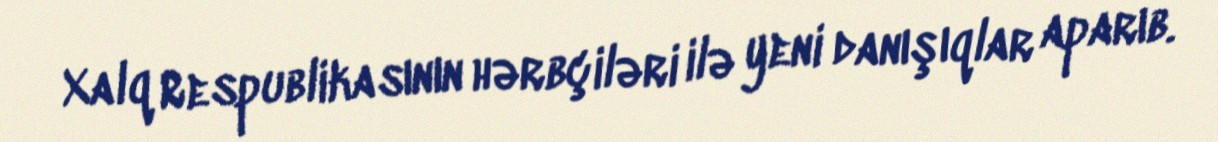
Xalq Respublikasının hərbçiləri ilə yeni danışıqlar aparıb.